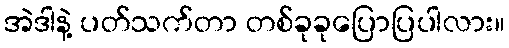
အဲဒါနဲ့ ပတ်သက်တာ တစ်ခုခုပြောပြပါလား။